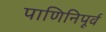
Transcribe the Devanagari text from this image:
पाणिनिपूर्व